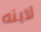
لابنه